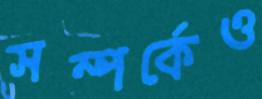
সম্পর্কেও